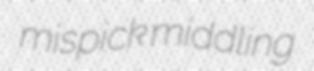
mispick middling